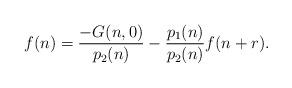
LaTeX: \begin{align*}f(n) = \frac{- G(n, 0)}{p_{2}(n)} - \frac{p_{1}(n)}{p_{2}(n)} f(n + r). \end{align*}